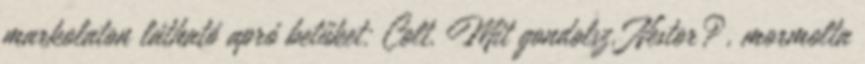
markolaton látható apró betűket: Colt. Mit gondolsz, Nestor?, mormolta